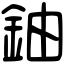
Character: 鈾